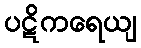
ပဋိကရေယျ